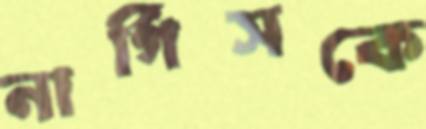
নার্গিসকে